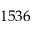
1 5 3 6